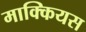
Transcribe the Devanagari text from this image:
माक्कियस